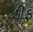
ડીફ